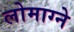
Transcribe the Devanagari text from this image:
लोमाग्ने